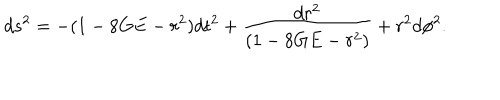
d s ^ { 2 } = - ( 1 - 8 G E - r ^ { 2 } ) d t ^ { 2 } + \frac { d r ^ { 2 } } { ( 1 - 8 G E - r ^ { 2 } ) } + r ^ { 2 } d \phi ^ { 2 } .